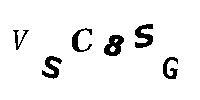
VSC8SG